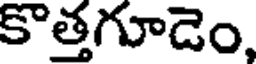
కొత్తగూడెం,